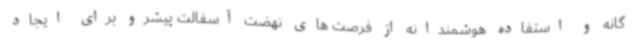
گانه و استفاده هوشمندانه از فرصت های نهضت آسفالت پیشرو برای ایجاد